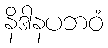
နိဒါနပဘဝံ